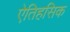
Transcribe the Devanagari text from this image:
एेतिहसिक